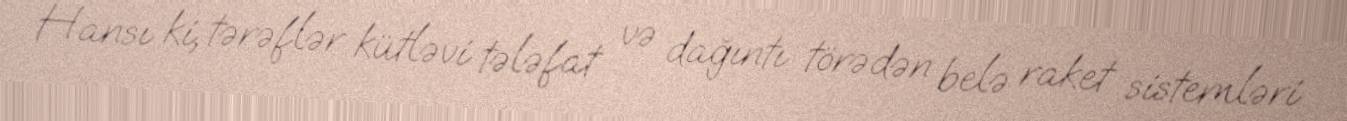
Hansı ki, tərəflər kütləvi tələfat və dağıntı törədən belə raket sistemləri